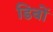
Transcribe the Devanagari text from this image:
डिबों